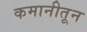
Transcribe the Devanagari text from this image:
कमानीतून